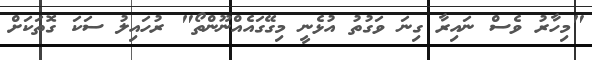
"މިހާރު ވެސް ނައިރާ ގިނަ ވަގުތު އުޅެނީ މިގޭގައެއްނޫންތޯ" ރުހައިލު ސަކަ ގޮތަކަށް